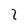
Character: 2